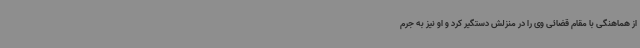
از هماهنگی با مقام قضائی وی را در منزلش دستگیر کرد و او نیز به جرم